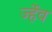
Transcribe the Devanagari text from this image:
र्ज्हेव